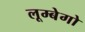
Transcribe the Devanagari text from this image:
लूम्बेगो